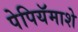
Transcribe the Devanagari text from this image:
पेपियॅमाशे